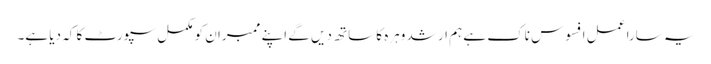
یہ سارا عمل افسوس ناک ہے ہم ارشد وہرہ کا ساتھ دیں گے اپنے ممبران کو مکمل سپورٹ کا کہ دیا ہے۔